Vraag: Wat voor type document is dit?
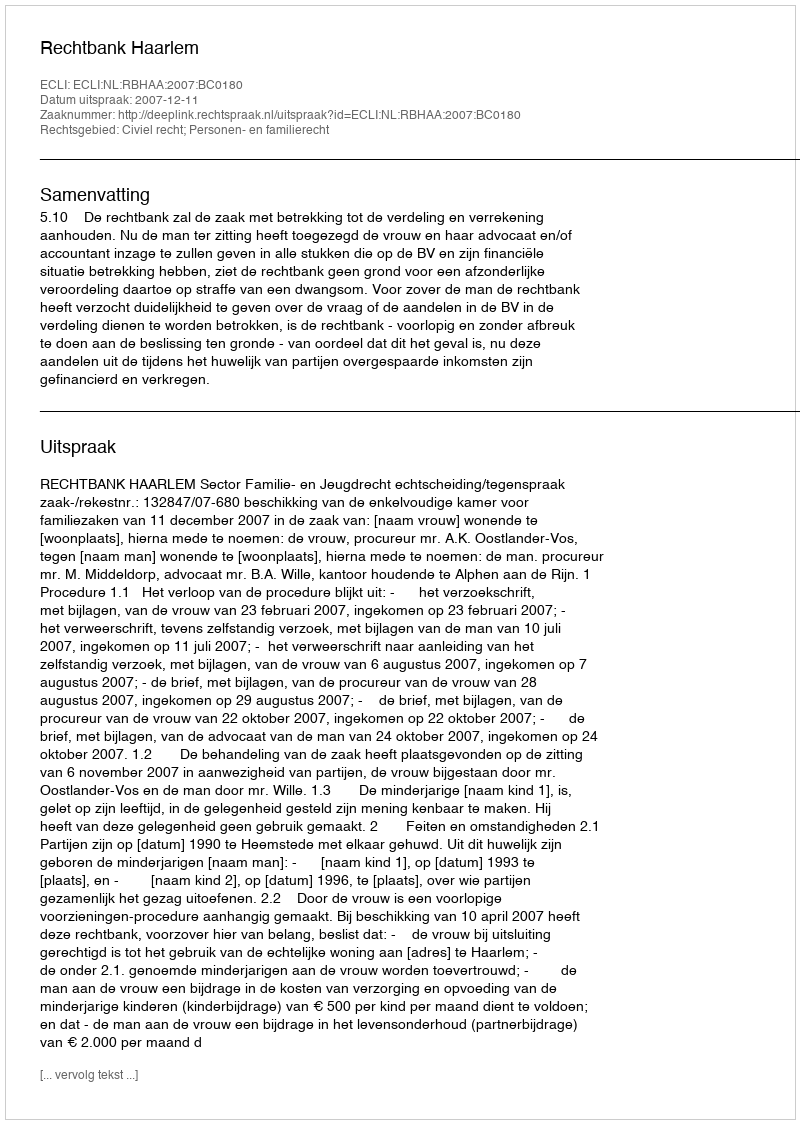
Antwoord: Uitspraak